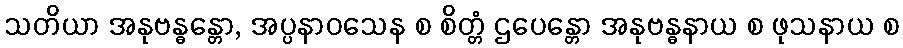
သတိယာ အနုဗန္ဓန္တော, အပ္ပနာဝသေန စ စိတ္တံ ဌပေန္တော အနုဗန္ဓနာယ စ ဖုသနာယ စ